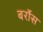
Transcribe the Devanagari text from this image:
बर्रोस